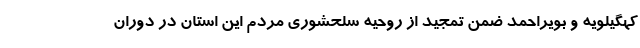
کهگیلویه و بویراحمد ضمن تمجید از روحیه سلحشوری مردم این استان در دوران